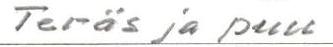
Teräs ja puu